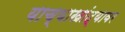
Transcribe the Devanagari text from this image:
याच्याखांद्यावर